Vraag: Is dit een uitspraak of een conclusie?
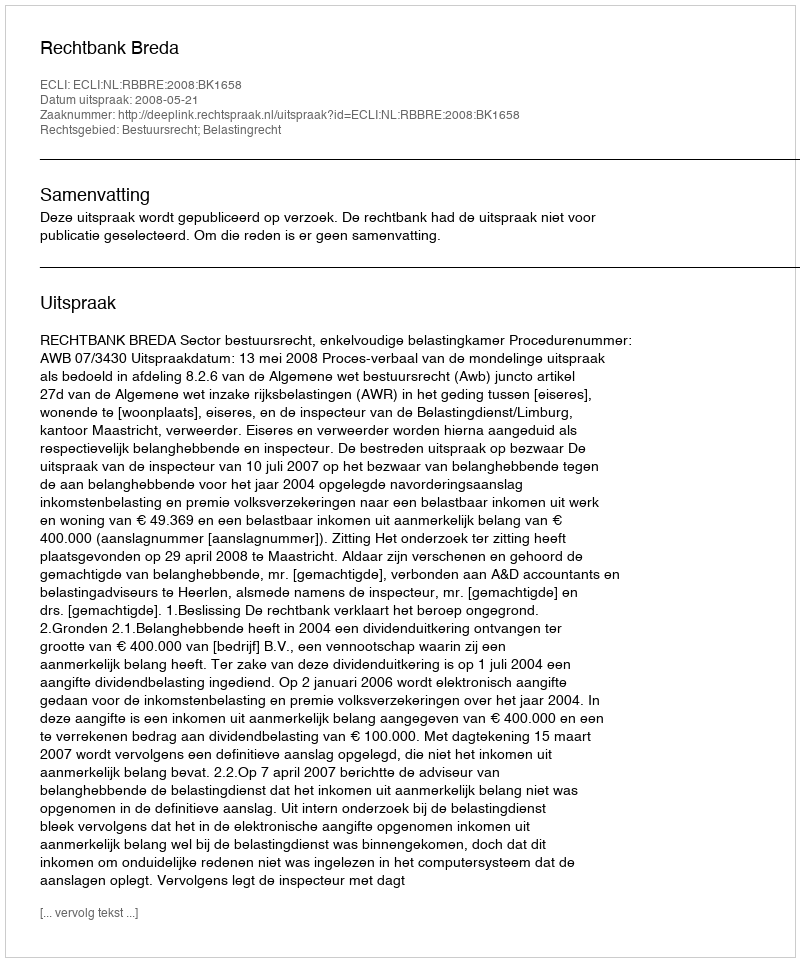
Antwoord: Uitspraak